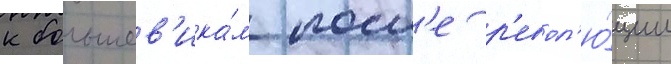
к большев'ика́м посл'е р'евол'ю́ции